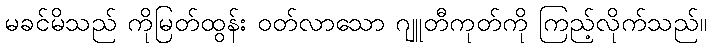
မခင်မိသည် ကိုမြတ်ထွန်း ဝတ်လာသော ဂျူတီကုတ်ကို ကြည့်လိုက်သည်။